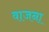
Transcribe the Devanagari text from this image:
वाजना